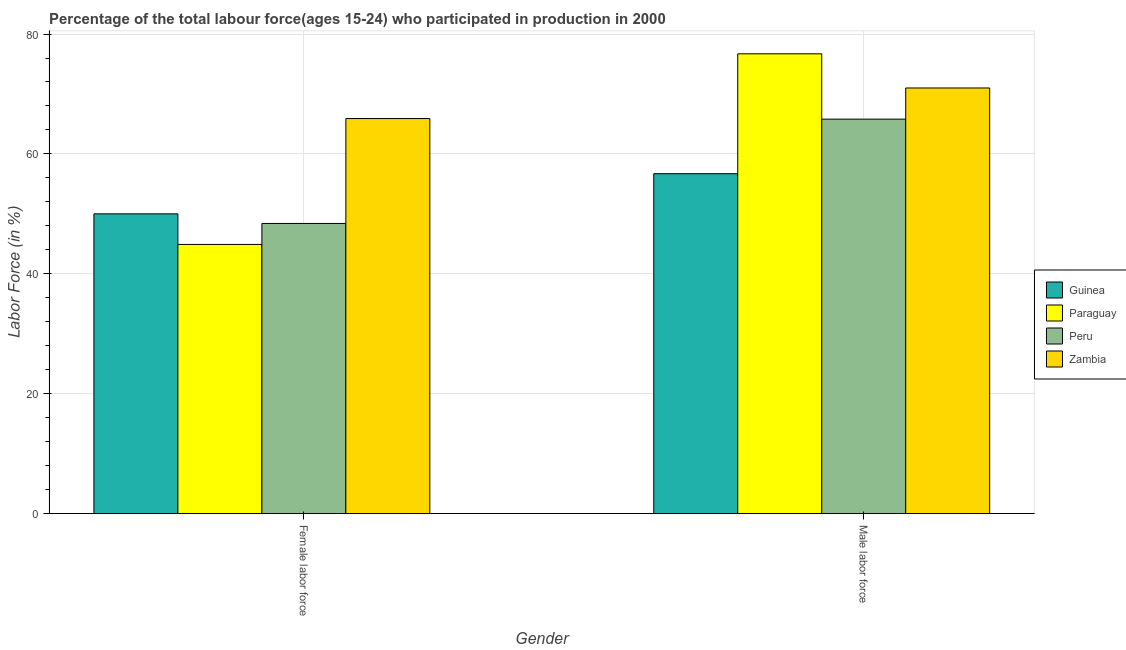
| Gender | Guinea | Paraguay | Peru | Zambia |
 | --- | --- | --- | --- | --- |
 | Female labor force | 50 | 44.9 | 48.4 | 65.9 |
 | Male labor force | 56.7 | 76.7 | 65.8 | 71 |